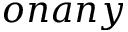
o n a n y